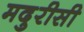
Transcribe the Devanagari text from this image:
मदुरीसी